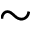
\sim